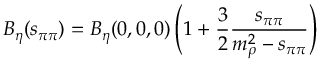
B _ { \eta } ( s _ { \pi \pi } ) = B _ { \eta } ( 0 , 0 , 0 ) \left( 1 + { \frac { 3 } { 2 } } { \frac { s _ { \pi \pi } } { m _ { \rho } ^ { 2 } - s _ { \pi \pi } } } \right)